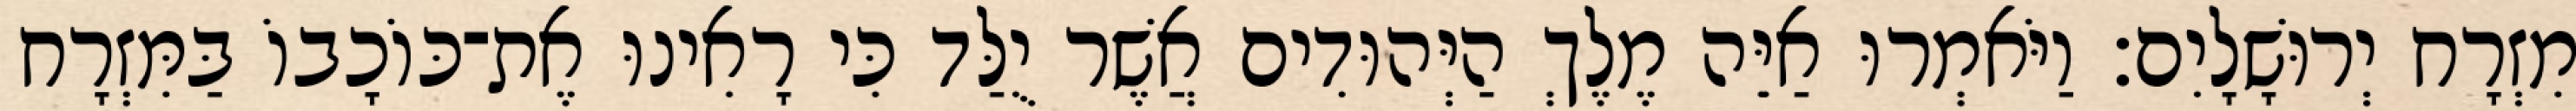
מִזְרָח יְרוּשָׁלָיִם׃ וַיֹּאמְרוּ אַיֵּה מֶלֶךְ הַיְּהוּדִים אֲשֶׁר יֻלַּד כִּי רָאִינוּ אֶת־כּוֹכָבוֹ בַּמִּזְרָח